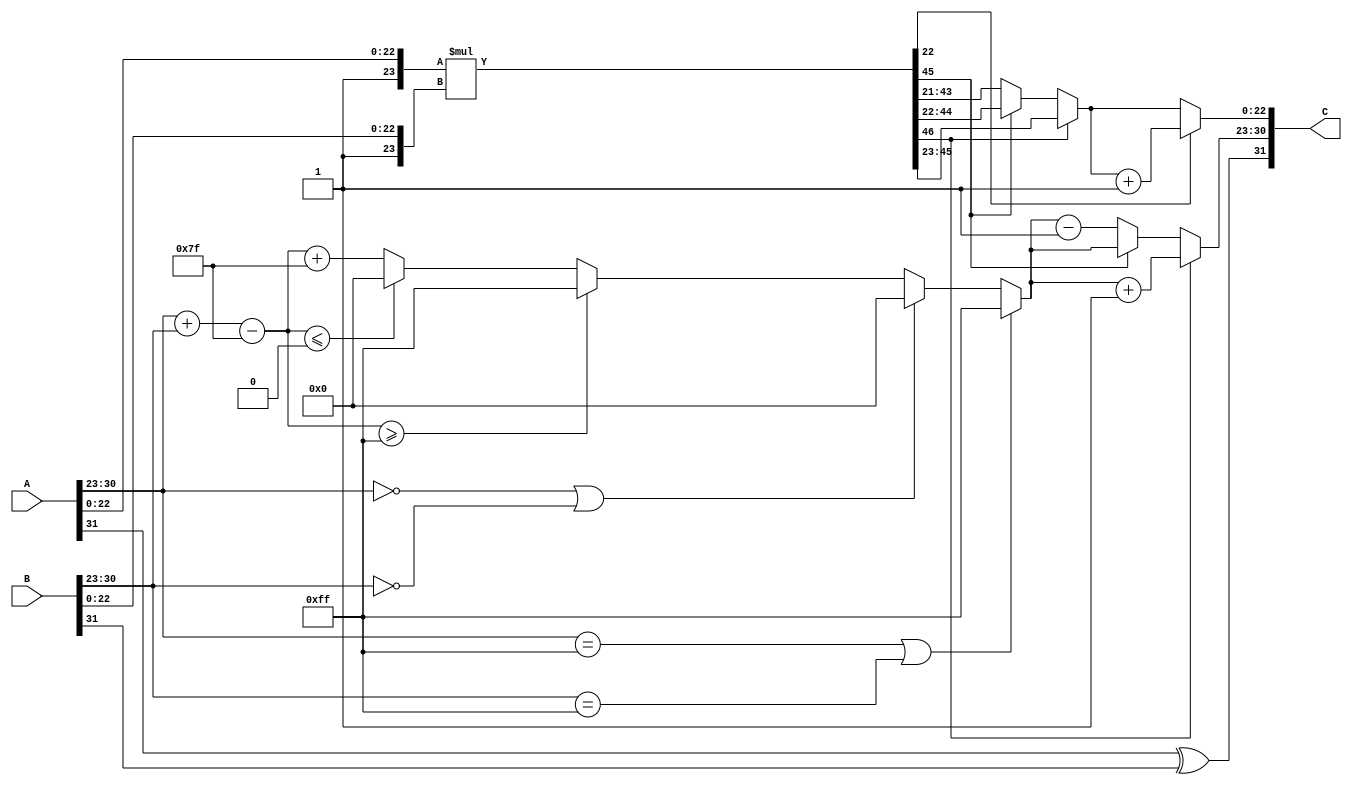
module floating_point_multiplier (
    input  wire [31:0] A, // Input A (32 bits)
    input  wire [31:0] B, // Input B (32 bits)
    output reg  [31:0] C  // Output C (32 bits)
);

    // Constants
    localparam BIAS = 8'd127;
    localparam EXPONENT_BITS = 8;
    localparam MANTISSA_BITS = 23;

    // Internal signals
    wire signA, signB;
    wire [EXPONENT_BITS-1:0] expA, expB;
    wire [MANTISSA_BITS-1:0] mantA, mantB;
    wire [MANTISSA_BITS+1:0] mantA_norm, mantB_norm;
    wire [MANTISSA_BITS+MANTISSA_BITS+1:0] mant_product;
    reg [EXPONENT_BITS-1:0] exp_result;
    reg sign_result;
    reg [MANTISSA_BITS+1:0] mant_result;
    reg [EXPONENT_BITS-1:0] exp_final;
    reg [MANTISSA_BITS:0] mant_final; // For rounding

    // Extract sign, exponent, and mantissa
    assign signA = A[31];
    assign signB = B[31];
    assign expA = A[30:23];
    assign expB = B[30:23];
    assign mantA = A[22:0];
    assign mantB = B[22:0];

    // Normalize mantissas (add implicit leading 1)
    assign mantA_norm = {1'b1, mantA}; // 24 bits
    assign mantB_norm = {1'b1, mantB}; // 24 bits

    // Multiply mantissas
    assign mant_product = mantA_norm * mantB_norm; // 48 bits

    // Determine the sign of the result
    always @(*) begin
        sign_result = signA ^ signB; // XOR for sign
    end

    // Calculate the exponent
    always @(*) begin
        if (expA == 8'b11111111 || expB == 8'b11111111) begin
            // Handle infinity
            exp_result = 8'b11111111; // Result is infinity
        end else if (expA == 8'b00000000 || expB == 8'b00000000) begin
            // Handle zero
            exp_result = 8'b00000000; // Result is zero
        end else begin
            // Normal case
            exp_result = expA + expB - BIAS; // Sum of exponents
            if (exp_result >= 8'b11111111) begin
                exp_result = 8'b11111111; // Overflow to infinity
            end else if (exp_result <= 8'b00000000) begin
                exp_result = 8'b00000000; // Underflow to zero
            end else begin
                exp_result = exp_result + BIAS; // Add bias back
            end
        end
    end

    // Normalize the result mantissa
    always @(*) begin
        if (mant_product[MANTISSA_BITS + MANTISSA_BITS] == 1) begin
            // Result is >= 2, shift right
            mant_result = mant_product[MANTISSA_BITS + MANTISSA_BITS - 1:MANTISSA_BITS]; // 23 bits
            exp_final = exp_result + 1; // Increment exponent
        end else begin
            // Result is < 2, check for normalization
            mant_result = mant_product[MANTISSA_BITS + MANTISSA_BITS - 1:MANTISSA_BITS - 1]; // 23 bits
            if (mant_product[MANTISSA_BITS + MANTISSA_BITS - 1] == 0) begin
                // Result is < 1, shift left
                mant_result = mant_product[MANTISSA_BITS + MANTISSA_BITS - 2:MANTISSA_BITS - 2]; // 23 bits
                exp_final = exp_result - 1; // Decrement exponent
            end else begin
                exp_final = exp_result; // No change
            end
        end
    end

    // Rounding (round to nearest even)
    always @(*) begin
        if (mant_product[MANTISSA_BITS - 1] == 1 && (mant_product[MANTISSA_BITS - 2] == 1 || mant_product[MANTISSA_BITS - 2] == 0)) begin
            mant_final = mant_result + 1; // Round up
        end else begin
            mant_final = mant_result; // No rounding
        end
    end

    // Construct the final output
    always @(*) begin
        C = {sign_result, exp_final, mant_final[MANTISSA_BITS-1:0]}; // Combine sign, exponent, mantissa
    end

endmodule